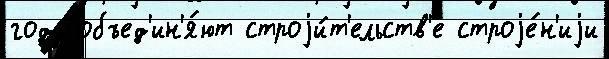
году объед'ин'я́ют строjи́т'ельств'е строjе́н'иjи